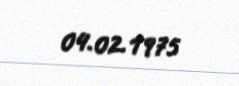
04.02.1975